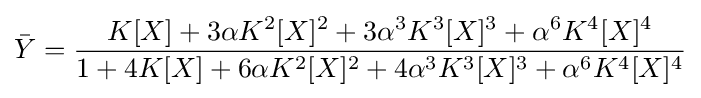
{\bar {Y}}={\frac {K[X]+3\alpha {}K^{2}[X]^{2}+3\alpha {}^{3}K^{3}[X]^{3}+\alpha {}^{6}K^{4}[X]^{4}}{1+4K[X]+6\alpha {}K^{2}[X]^{2}+4\alpha {}^{3}K^{3}[X]^{3}+\alpha {}^{6}K^{4}[X]^{4}}}